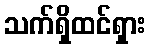
သက်ရှိထင်ရှား